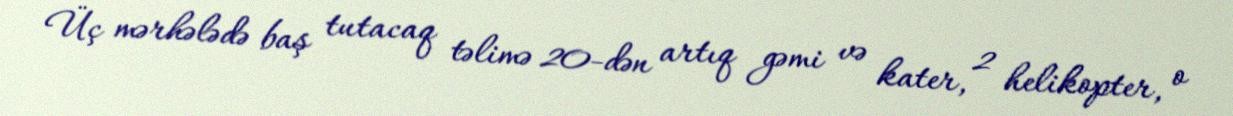
Üç mərhələdə baş tutacaq təlimə 20-dən artıq gəmi və kater, 2 helikopter, o